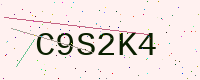
Text: C9S2K4